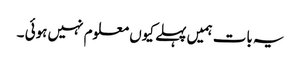
یہ بات ہمیں پہلے کیوں معلوم نہیں ہوئی ۔